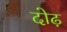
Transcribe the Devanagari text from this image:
दोढ़